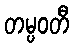
တမ္ပဝတီ